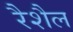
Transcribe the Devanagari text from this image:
रैशैल